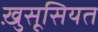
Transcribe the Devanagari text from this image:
ख़ुसूसियत